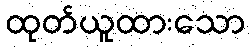
ထုတ်ယူထားသော